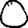
Digit: 0